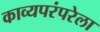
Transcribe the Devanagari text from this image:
काव्यपरंपरेला